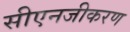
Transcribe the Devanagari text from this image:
सीएनजीकरण